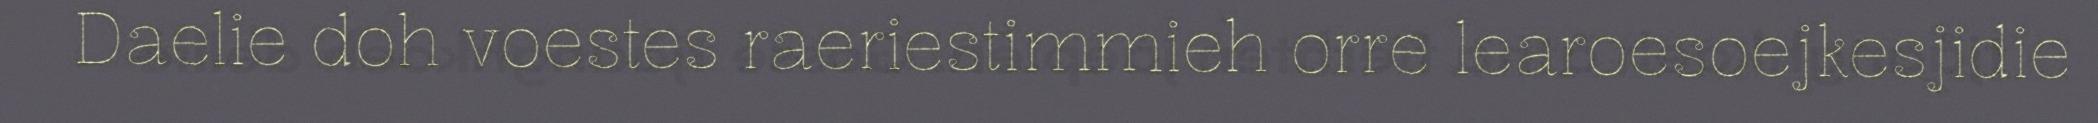
Daelie doh voestes raeriestimmieh orre learoesoejkesjidie